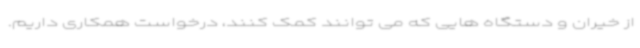
از خیران و دستگاه هایی که می توانند کمک کنند، درخواست همکاری داریم.